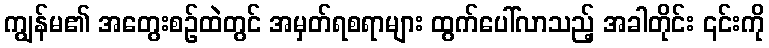
ကျွန်မ၏ အတွေးစဉ်ထဲတွင် အမှတ်ရစရာများ ထွက်ပေါ်လာသည့် အခါတိုင်း ၎င်းကို